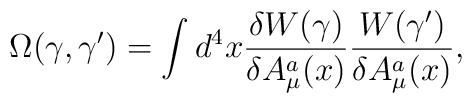
\Omega (\gamma, \gamma ') = \int d^4x\frac{\delta W(\gamma )}{\delta A^a_\mu (x)}\frac{W(\gamma ')}{\delta A^a_\mu (x)},